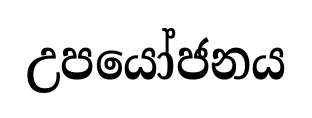
උපයෝජනය